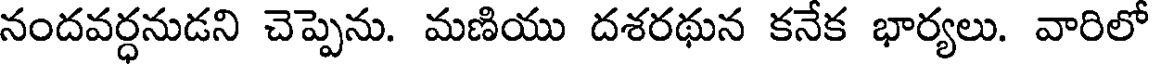
నందవర్ధనుడని చెప్పెను. మణియు దశరథున కనేక భార్యలు. వారిలో